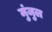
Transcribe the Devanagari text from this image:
मुंजुल